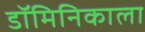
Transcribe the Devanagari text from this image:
डॉमिनिकाला